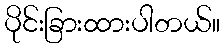
ပိုင်းခြားထားပါတယ်။